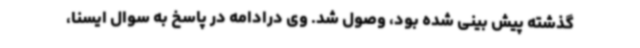
گذشته پیش بینی شده بود، وصول شد. وی درادامه در پاسخ به سوال ایسنا،